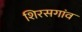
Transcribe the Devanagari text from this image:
शिरसगांव